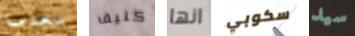
بعدما كليف انها سكوبي سيد